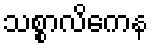
သစ္စာလိကေန